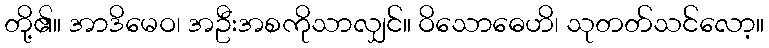
တို့၏။ အာဒိမေဝ၊ အဦးအစကိုသာလျှင်။ ဝိသောဓေဟိ၊ သုတတ်သင်လော့။